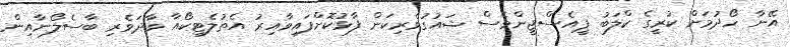
އޭނާ ހޯދުމަށް ކުރީގެ ކްލަބު ޕީއެސްޖީންވެސް ޝައުގުވެރިކަން ފާޅުކޮށްފައިވާއިރު އެތުލެޓިކޯއާ ވާދަވެރި ބާސެލޯނާއިން